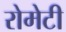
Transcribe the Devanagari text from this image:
रोमेटी